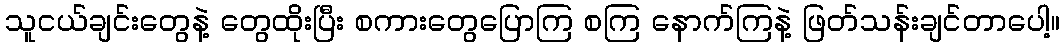
သူငယ်ချင်းတွေနဲ့ တွေထိုးပြီး စကားတွေပြောကြ စကြ နောက်ကြနဲ့ ဖြတ်သန်းချင်တာပေါ့။